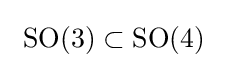
\ {\text{SO}}(3)\subset {\text{SO}}(4)\